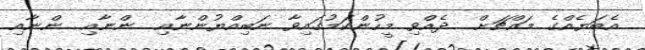
އެބަޔެއްގެ މައްޗަށް  ދެއްވި މީހުންކަމުގައިވާ ނަބިއްޔުންނާއި  ންނާއި  ންނާއި